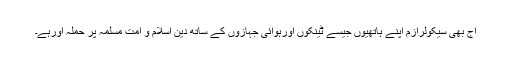
آج بھی سیکولرازم اپنے ہاتھیوں جیسے ٹینکوں اورہوائی جہازوں کے ساتھ دین اسلام و امت مسلمہ پر حملہ آورہے۔